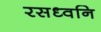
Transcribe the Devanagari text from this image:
रसध्वनि